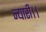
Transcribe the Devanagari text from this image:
न्यारी।।